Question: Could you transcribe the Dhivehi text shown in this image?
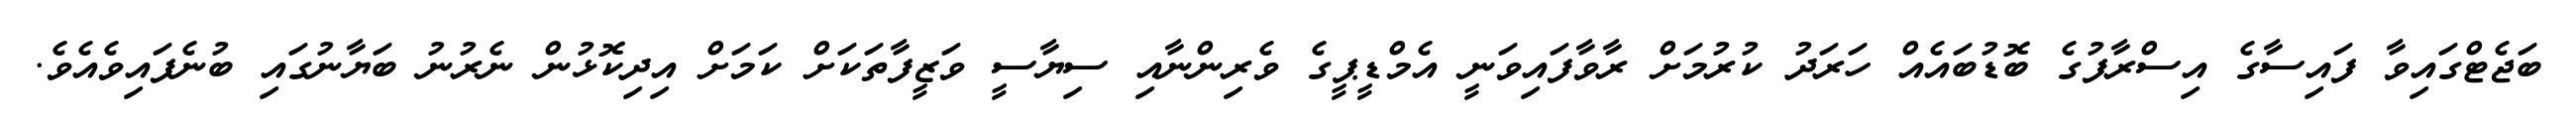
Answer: ބަޖެޓްގައިވާ ފައިސާގެ އިސްރާފުގެ ބޮޑުބައެއް ހަރަދު ކުރުމަށް ރާވާފައިވަނީ އެމްޑީޕީގެ ވެރިންނާއި ސިޔާސީ ވަޒީފާތަކަށް ކަމަށް އިދިކޮޅުން ނެރުނު ބަޔާނުގައި ބުނެފައިވެއެވެ.